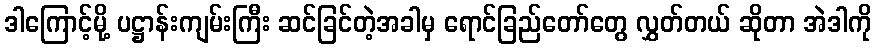
ဒါကြောင့်မို့ ပဋ္ဌာန်းကျမ်းကြီး ဆင်ခြင်တဲ့အခါမှ ရောင်ခြည်တော်တွေ လွှတ်တယ် ဆိုတာ အဲဒါကို